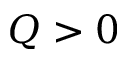
Q > 0